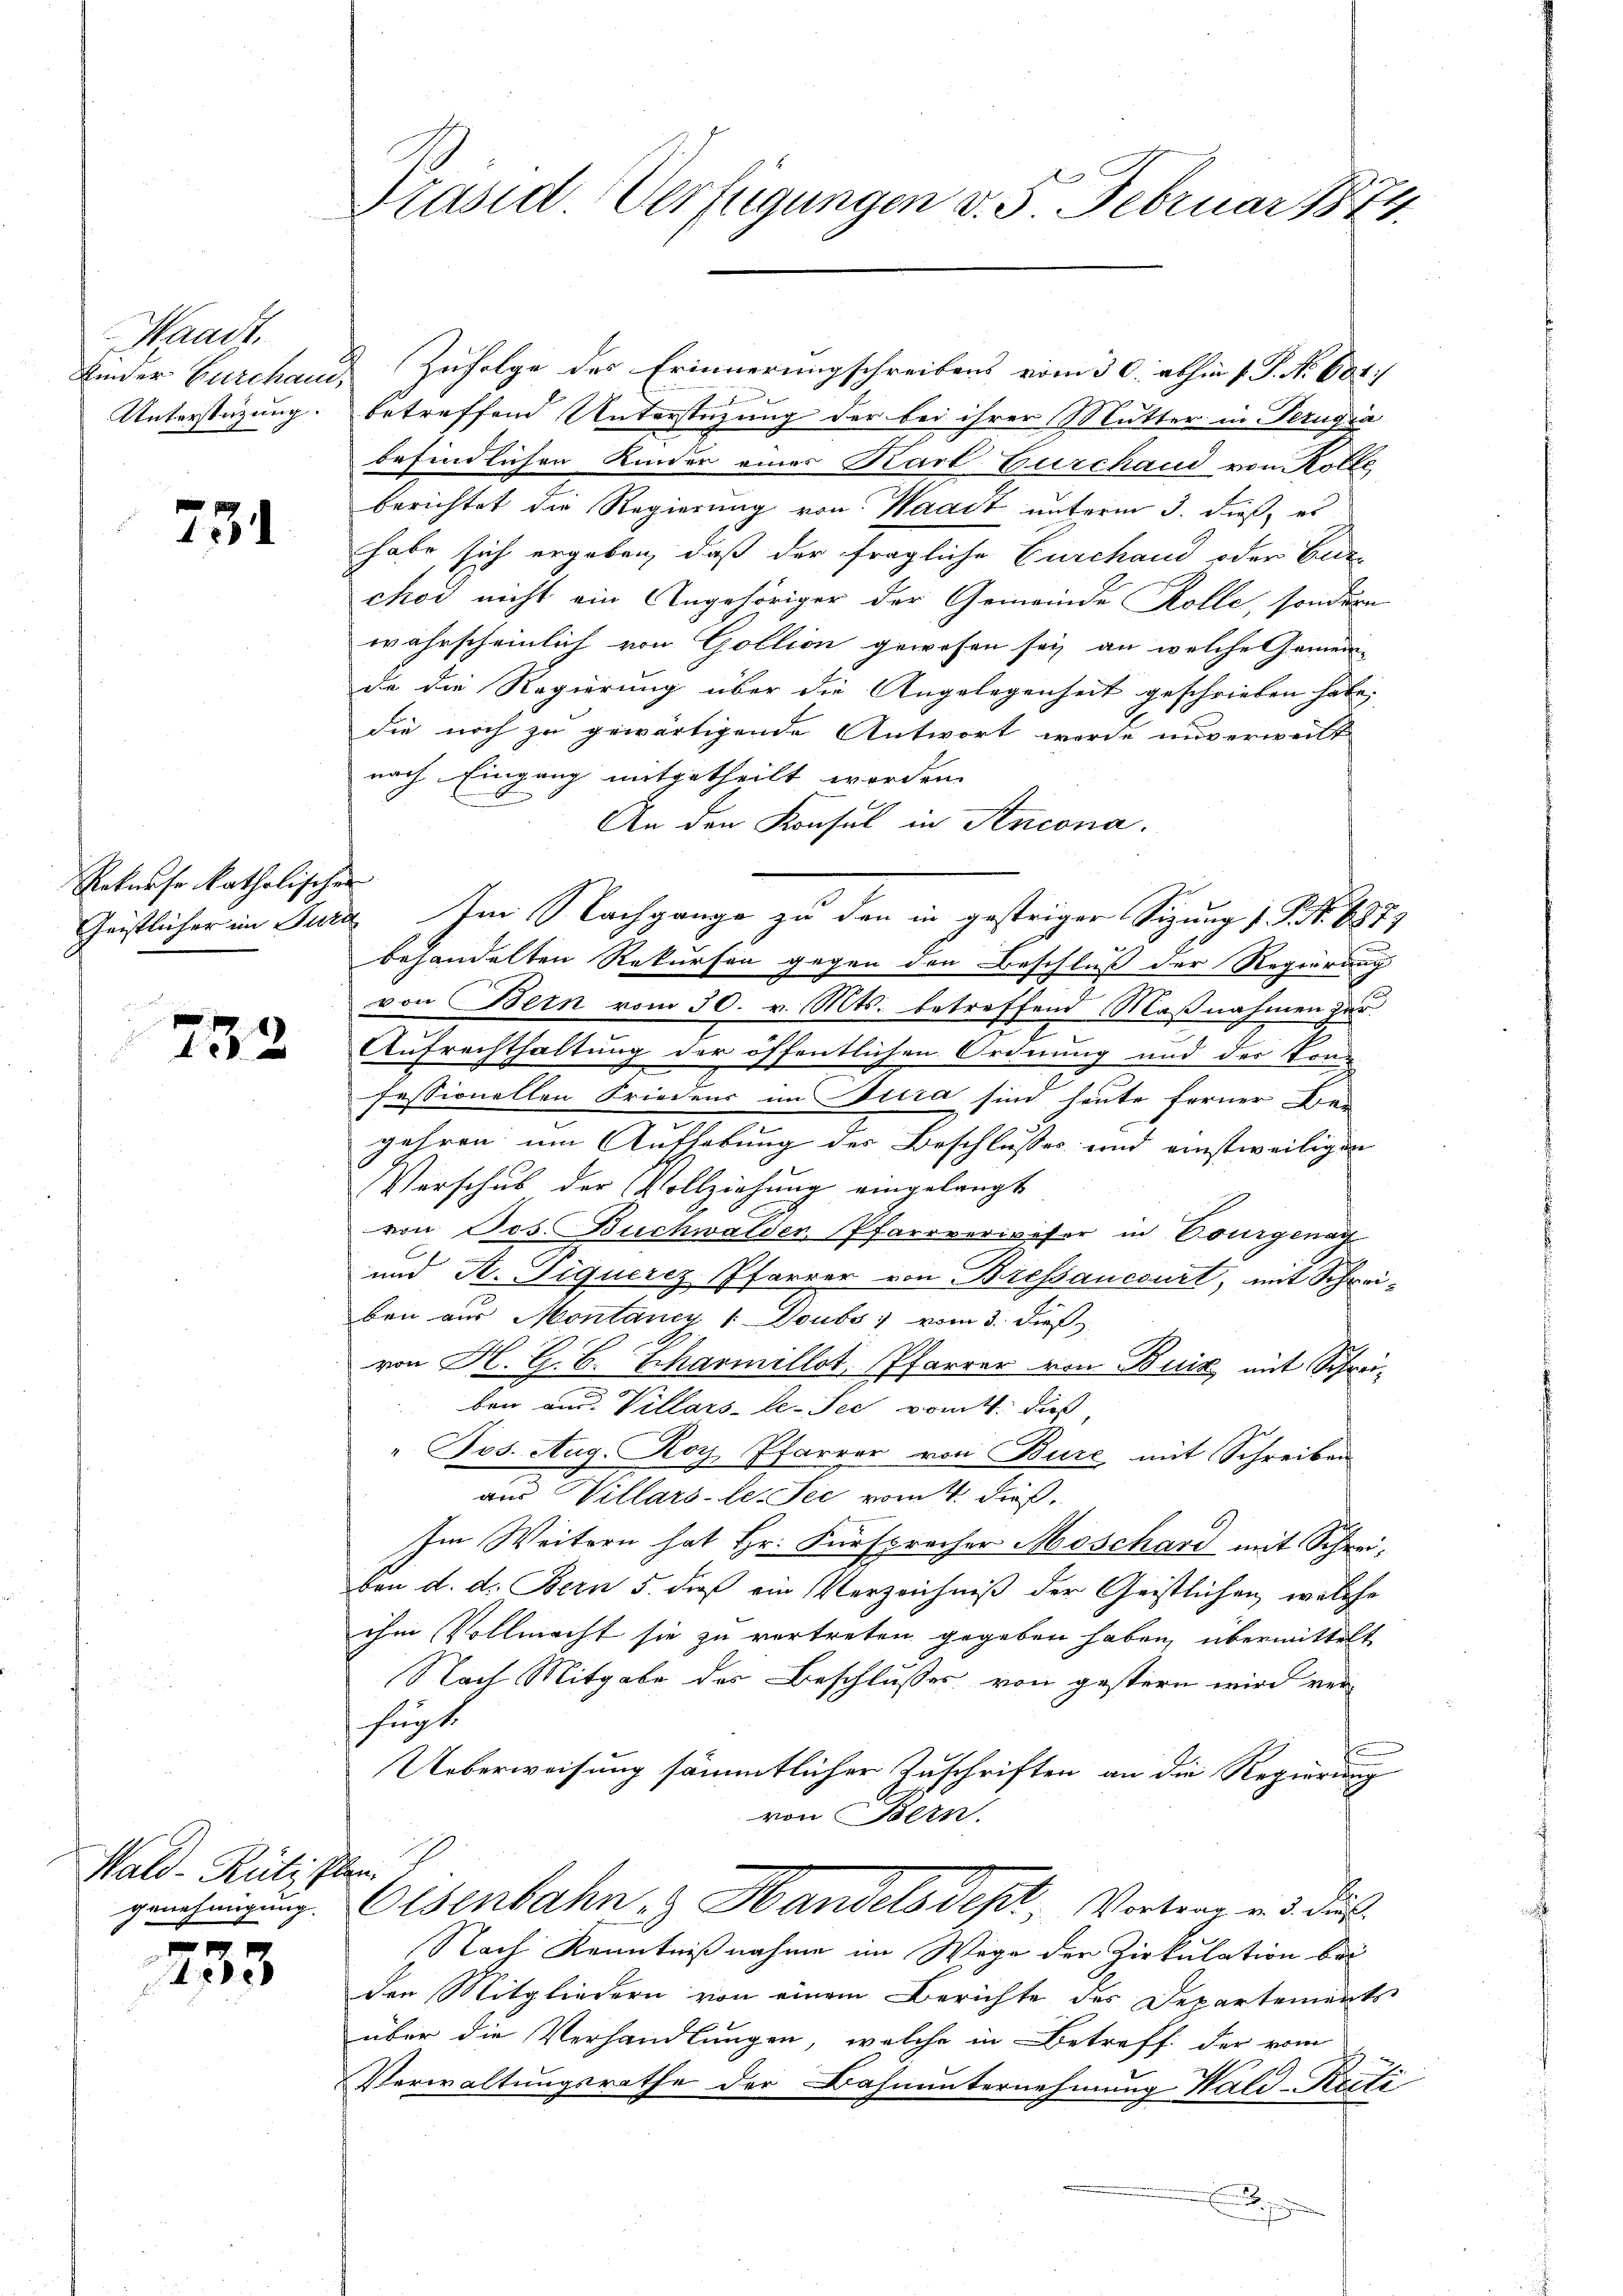
Waadt.

731

Rekurse katholischer

733

Wald–Rüti Plan

x
43

Präsid. Verfügungen v. 5. Februar 1874.

Kinder Burchaud, Zufolge des Erinnerungschreibens vom 30. abhin P. P. Nr. 601.
Unterstüzung. betreffend Unterstüzung der bei ihrer Mutter in Perugia
befindlichen Kinder eines Karl Burchaud von Kolle,
berichtet die Regierung von Waadt unterm 3. dieß, es
habe sich ergeben, daß der fragliche Furchaud oder Eur
chod nicht ein Angehöriger der Gemeinde Kolle, sondern
wahrscheinlich von Gollion gewesen sei, an welche Gemein-
da die Regierung über die Angelegenheit geschrieben habe.
die noch zu gewärtigende Antwort werde unverweilt
nach Eingang mitgetheilt worden.
An den Konsul in Ancona.
Geistlicher im Jura Im Nachgange zu den in gestriger Sitzung s. S. Nr. 1879
behandelten Rekursen gegen den Beschluß der Regierung
von Bern vom 30. v. Mts. betreffend Maßnahmen zur
Aufrechthaltung der öffentlichen Ordnung und der Konfessionellen Friedens im Tuira sind heute ferner Ber
gehren um Aufhebung der Beschlusses und einstweiligen
Verschub der Vollziehung eingelangt
von Jos. Buchwalder, Pfarrverweser in Courgenag
und A. Siquerez Pfarrer von Bressancourt, mit Schreiben aus Montaney 1 Doubs vom 3. dieß
von H. G. B. Scharmillot, Pfarrer von Buiz mit Schreiben und Villars-le-See vom 4. dieß
" Bos. Aug. Roy, Pfarrer von Bure mit Schreiben
aus Villars-le. Sie vom 4. dieß,
Im Weitern hat Hr. Fürspracher Moschard mit Schreiben d. d. Bern 5. dieß ein Verzeichniß der Geistlichen, welche
ihm Vollmacht sie zu vertreten gegeben haben, übermittelt
Nach Mitgabe des Beschlusses von gestern wird verhügt.
Ueberweisung sämmtlicher Zuschriften an die Regierung
von Bern.
genehmigung. Osenbahn in Handels desst, Vortrag und dur
Nach Kenntnißnahme im Wege der Zirkulation bei
den Mitgliedern von einem Berichte der Departements
über die Verhandlungen, welche in Betreff der vom
Verwaltungsrathe der Bahnunternehmung Wald-Kecti
s